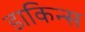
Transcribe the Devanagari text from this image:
डाकिन्स